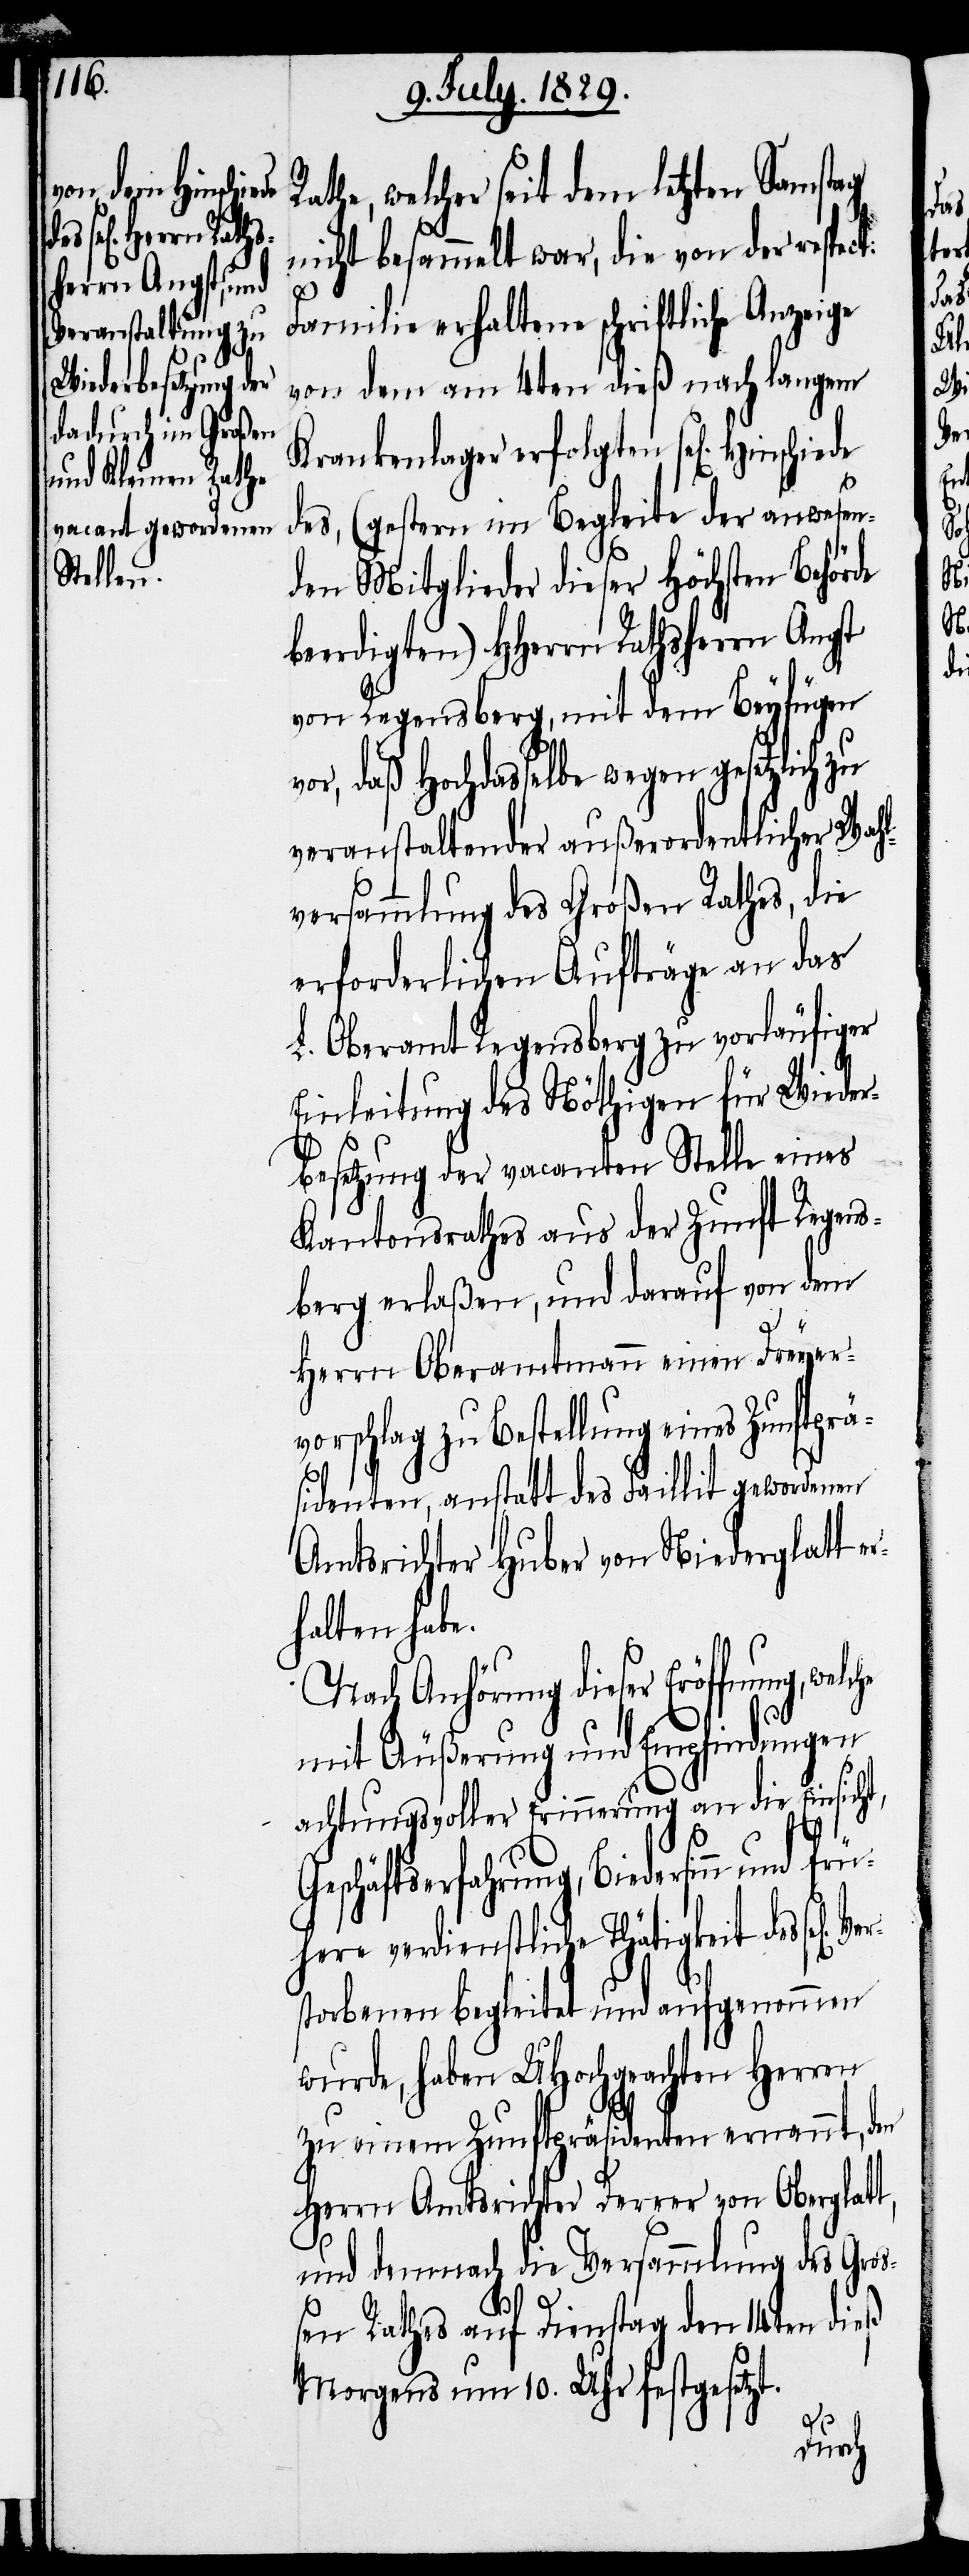
Rathe, welcher seit dem letzten Samstag
nicht besammelt war, die von der respect:
Familie erhaltene schriftliche Anzeige
von dem am 4ten dieß nach langem
Krankenlager erfolgten sel[igen]
des, (gestern im Begleite der anwesen¬
den Mitglieder dieser Höchsten Behörde
beerdigten) HHerrn Rathsherrn Angst
von Regensberg, mit dem Beyfügen
vor, daß Hochderselbe wegen gesetzlich zu
veranstaltender außerordentlicher Wahl¬
versammlung des Großen Rathes, die
erforderlichen Aufträge an das
L. Oberamt Regensberg zu vorläufiger
Einleitung des Nöthigen für Wieder¬
besetzung der vacanten Stelle eines
Kantonsrathes aus der Zunft Regens¬
berg erlaßen, und darauf von dem
Ver¬
Herrn Oberamtmann einen Dreyer¬
vorschlag zu Bestellung eines Zunftprä¬
sidenten, anstatt des Faillit gewordenen
Amtsrichter Huber von Niederglatt er¬
halten habe.
Nach Anhörung dieser Eröffnung,
mit Äußerung und Empfindungen
achtungsvoller Erinnerung an die Einsicht,
eschäftserfahrung, Biedersinn und
ere verdienstliche Thätigkeit des sel[ig]
storbenen begleitet und aufgenommen
wurde, haben UHochgeachten Herren
zu einem Zunftpräsidenten ernannt, den
Herrn Amtsrichter Derrer von Oberglat¬
und demnach die Versammlung des Gro¬
t
ßen Rathes auf Dienstag den 14ten dieß
Morgens um 10. Uhr festgesetzt.
früh¬